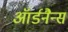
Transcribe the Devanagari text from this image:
ऑर्डनैन्स